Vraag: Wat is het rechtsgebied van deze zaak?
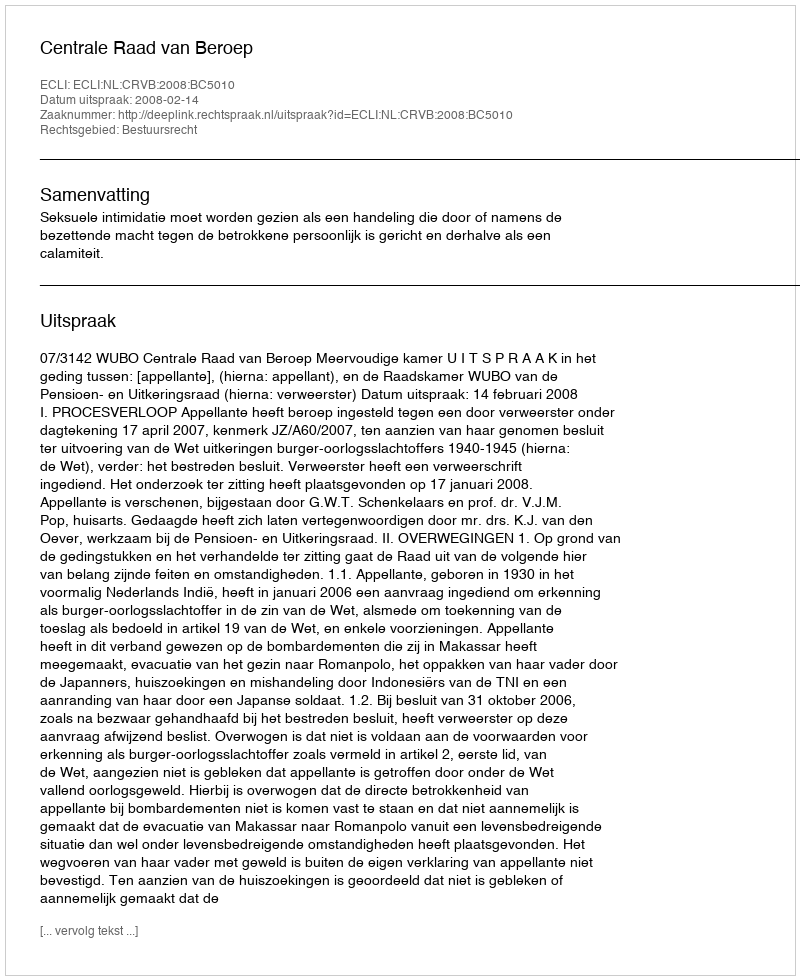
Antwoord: Bestuursrecht